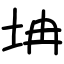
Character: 㘱